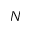
N